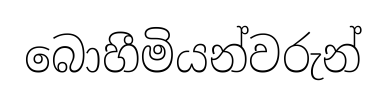
බොහීමියන්වරුන්